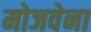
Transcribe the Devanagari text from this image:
मोजवेना